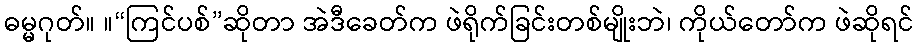
ဓမ္မဂုတ်။ ။“ကြင်ပစ်”ဆိုတာ အဲဒီခေတ်က ဖဲရိုက်ခြင်းတစ်မျိုးဘဲ၊ ကိုယ်တော်က ဖဲဆိုရင်